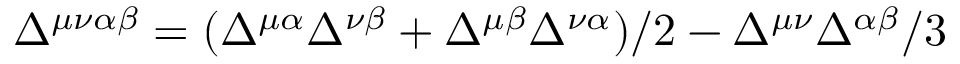
\Delta ^ { \mu \nu \alpha \beta } = ( \Delta ^ { \mu \alpha } \Delta ^ { \nu \beta } + \Delta ^ { \mu \beta } \Delta ^ { \nu \alpha } ) / 2 - \Delta ^ { \mu \nu } \Delta ^ { \alpha \beta } / 3